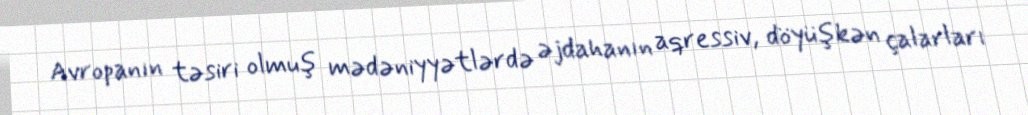
Avropanın təsiri olmuş mədəniyyətlərdə əjdahanın aqressiv, döyüşkən çalarları